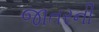
જાતરની